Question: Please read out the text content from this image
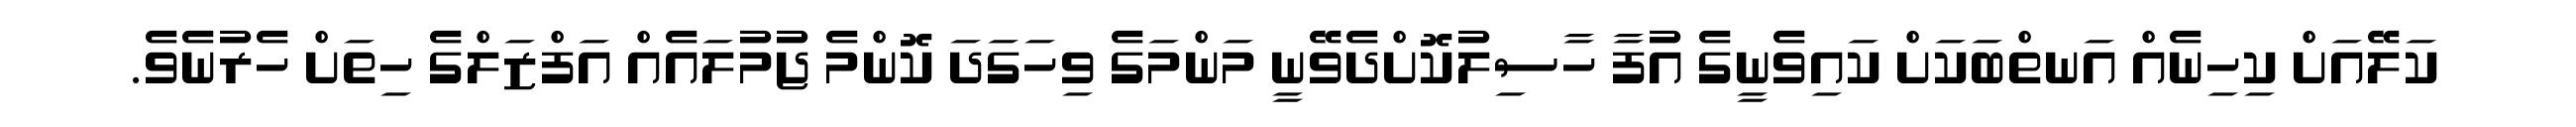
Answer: ކަލޭއަށް ކިހިނެއް އަނތްބަކަށް ކައިވެނީގެ އުފާ ހާސިލުކޮށްދެވޭނީ މަންމަގެ ވިހަގަދަ ކޮންމެ ޖުމުލައެއް އަފްޒަލްގެ ހިތަށް ހެރުނެވެ.